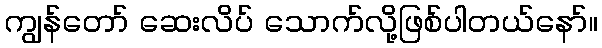
ကျွန်တော် ဆေးလိပ် သောက်လို့ဖြစ်ပါတယ်နော်။